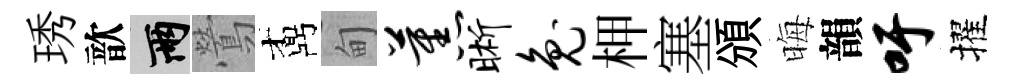
琇歆兩鶯鼒甸蕉晰兔柙塞頒晦韻吁擢